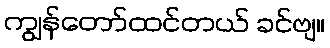
ကျွန်တော်ထင်တယ် ခင်ဗျ။